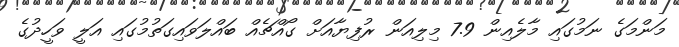
މަންމަގެ ނަމުގައި މާލެއިން 7.9 މިލިއަން ރުފިޔާއަށް ގޯއްޗެއް ބައްލަވައިގަތުމުގައި އަލީ ވަހީދުގެ